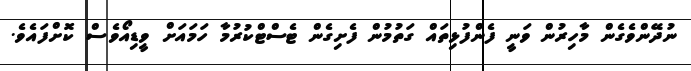
ނުދޭންވެގެން މާހިރުން ވަނީ ފެންފުޅިތައް ގަތުމުން ފެށިގެން ޓެސްޓްކުރުމާ ހަމައަށް ވީޑިއޯވެސް ކޮޮށްފައެވެ.